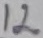
Text: 12